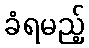
ခံရမည့်